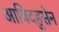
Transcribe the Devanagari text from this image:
आबिदहुसेन